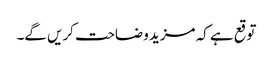
توقع ہے کہ مزید وضاحت کریں گے۔